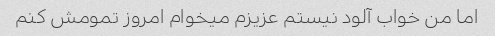
اما من خواب آلود نیستم عزیزم میخوام امروز تمومش کنم